Problem: 44 + 9 = ?
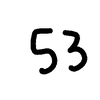
Handwritten answer: 53